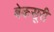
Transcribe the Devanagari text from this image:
बेकसूरी